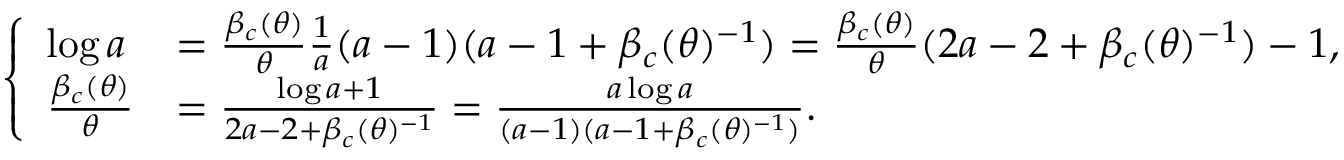
\left\{ \begin{array} { l l } { \log a } & { = \frac { \beta _ { c } ( \theta ) } { \theta } \frac { 1 } { a } ( a - 1 ) ( a - 1 + \beta _ { c } ( \theta ) ^ { - 1 } ) = \frac { \beta _ { c } ( \theta ) } { \theta } ( 2 a - 2 + \beta _ { c } ( \theta ) ^ { - 1 } ) - 1 , } \\ { \frac { \beta _ { c } ( \theta ) } { \theta } } & { = \frac { \log a + 1 } { 2 a - 2 + \beta _ { c } ( \theta ) ^ { - 1 } } = \frac { a \log a } { ( a - 1 ) ( a - 1 + \beta _ { c } ( \theta ) ^ { - 1 } ) } . } \end{array} \right.